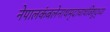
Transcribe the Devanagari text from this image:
नेपालकंबलेनाथमृदाचाथविशुद्ध्या